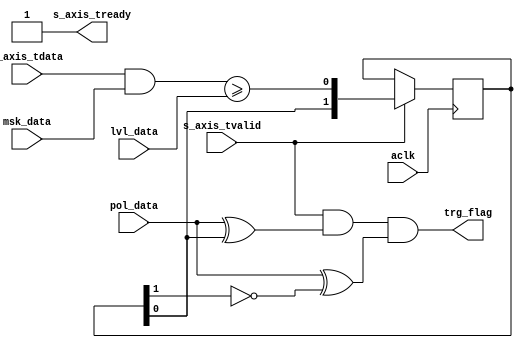
module axis_trigger #
(
  parameter integer AXIS_TDATA_WIDTH = 32,
  parameter         AXIS_TDATA_SIGNED = "FALSE"
)
(
  input  wire                        aclk,
  input  wire                        pol_data,
  input  wire [AXIS_TDATA_WIDTH-1:0] msk_data,
  input  wire [AXIS_TDATA_WIDTH-1:0] lvl_data,
  output wire                        trg_flag,
  output wire                        s_axis_tready,
  input  wire [AXIS_TDATA_WIDTH-1:0] s_axis_tdata,
  input  wire                        s_axis_tvalid
);
  reg [1:0] int_comp_reg;
  wire int_comp_wire;
  generate
    if(AXIS_TDATA_SIGNED == "TRUE")
    begin : SIGNED
      assign int_comp_wire = $signed(s_axis_tdata & msk_data) >= $signed(lvl_data);
    end
    else
    begin : UNSIGNED
      assign int_comp_wire = (s_axis_tdata & msk_data) >= lvl_data;
    end
  endgenerate
  always @(posedge aclk)
  begin
    if(s_axis_tvalid)
    begin
      int_comp_reg <= {int_comp_reg[0], int_comp_wire};
    end
  end
  assign s_axis_tready = 1'b1;
  assign trg_flag = s_axis_tvalid & (pol_data ^ int_comp_reg[0]) & (pol_data ^ ~int_comp_reg[1]);
endmodule